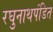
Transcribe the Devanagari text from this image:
रघुनाथपंडित